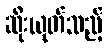
ဆိုးယုတ်သည့်